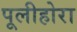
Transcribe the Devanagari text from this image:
पूलीहोरा